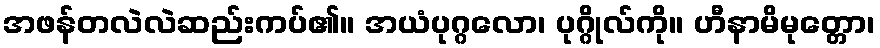
အဖန်တလဲလဲဆည်းကပ်၏။ အယံပုဂ္ဂလော၊ ပုဂ္ဂိုလ်ကို။ ဟီနာမိမုတ္တော၊